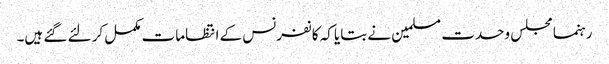
رہنما مجلس وحدت مسلمین نے بتایا کہ کانفرنس کے انتظامات مکمل کر لئے گئے ہیں۔